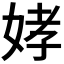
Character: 𫰪